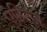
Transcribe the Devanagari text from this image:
एल्न्जि